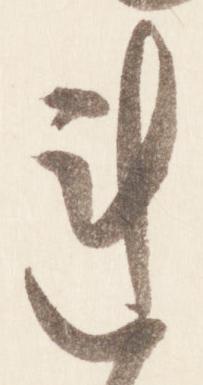
連